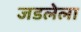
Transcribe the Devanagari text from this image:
जडलेला